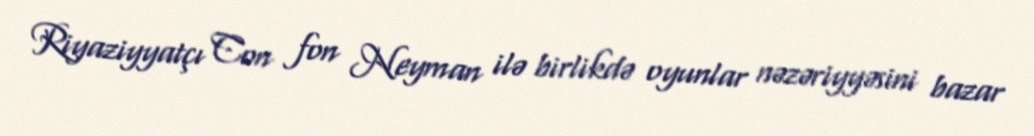
Riyaziyyatçı Con fon Neyman ilə birlikdə oyunlar nəzəriyyəsini bazar